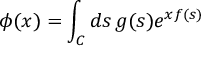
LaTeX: \phi ( x ) = \int _ { C } d s \, g ( s ) e ^ { x f ( s ) }